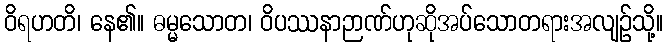
ဝိရဟတိ၊ နေ၏။ ဓမ္မသောတ၊ ဝိပဿနာဉာဏ်ဟုဆိုအပ်သောတရားအလျဉ်သို့။